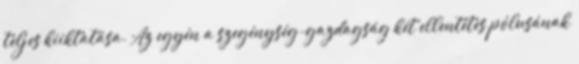
teljes kiiktatása. Az egyén a szegénység-gazdagság két ellentétes pólusának